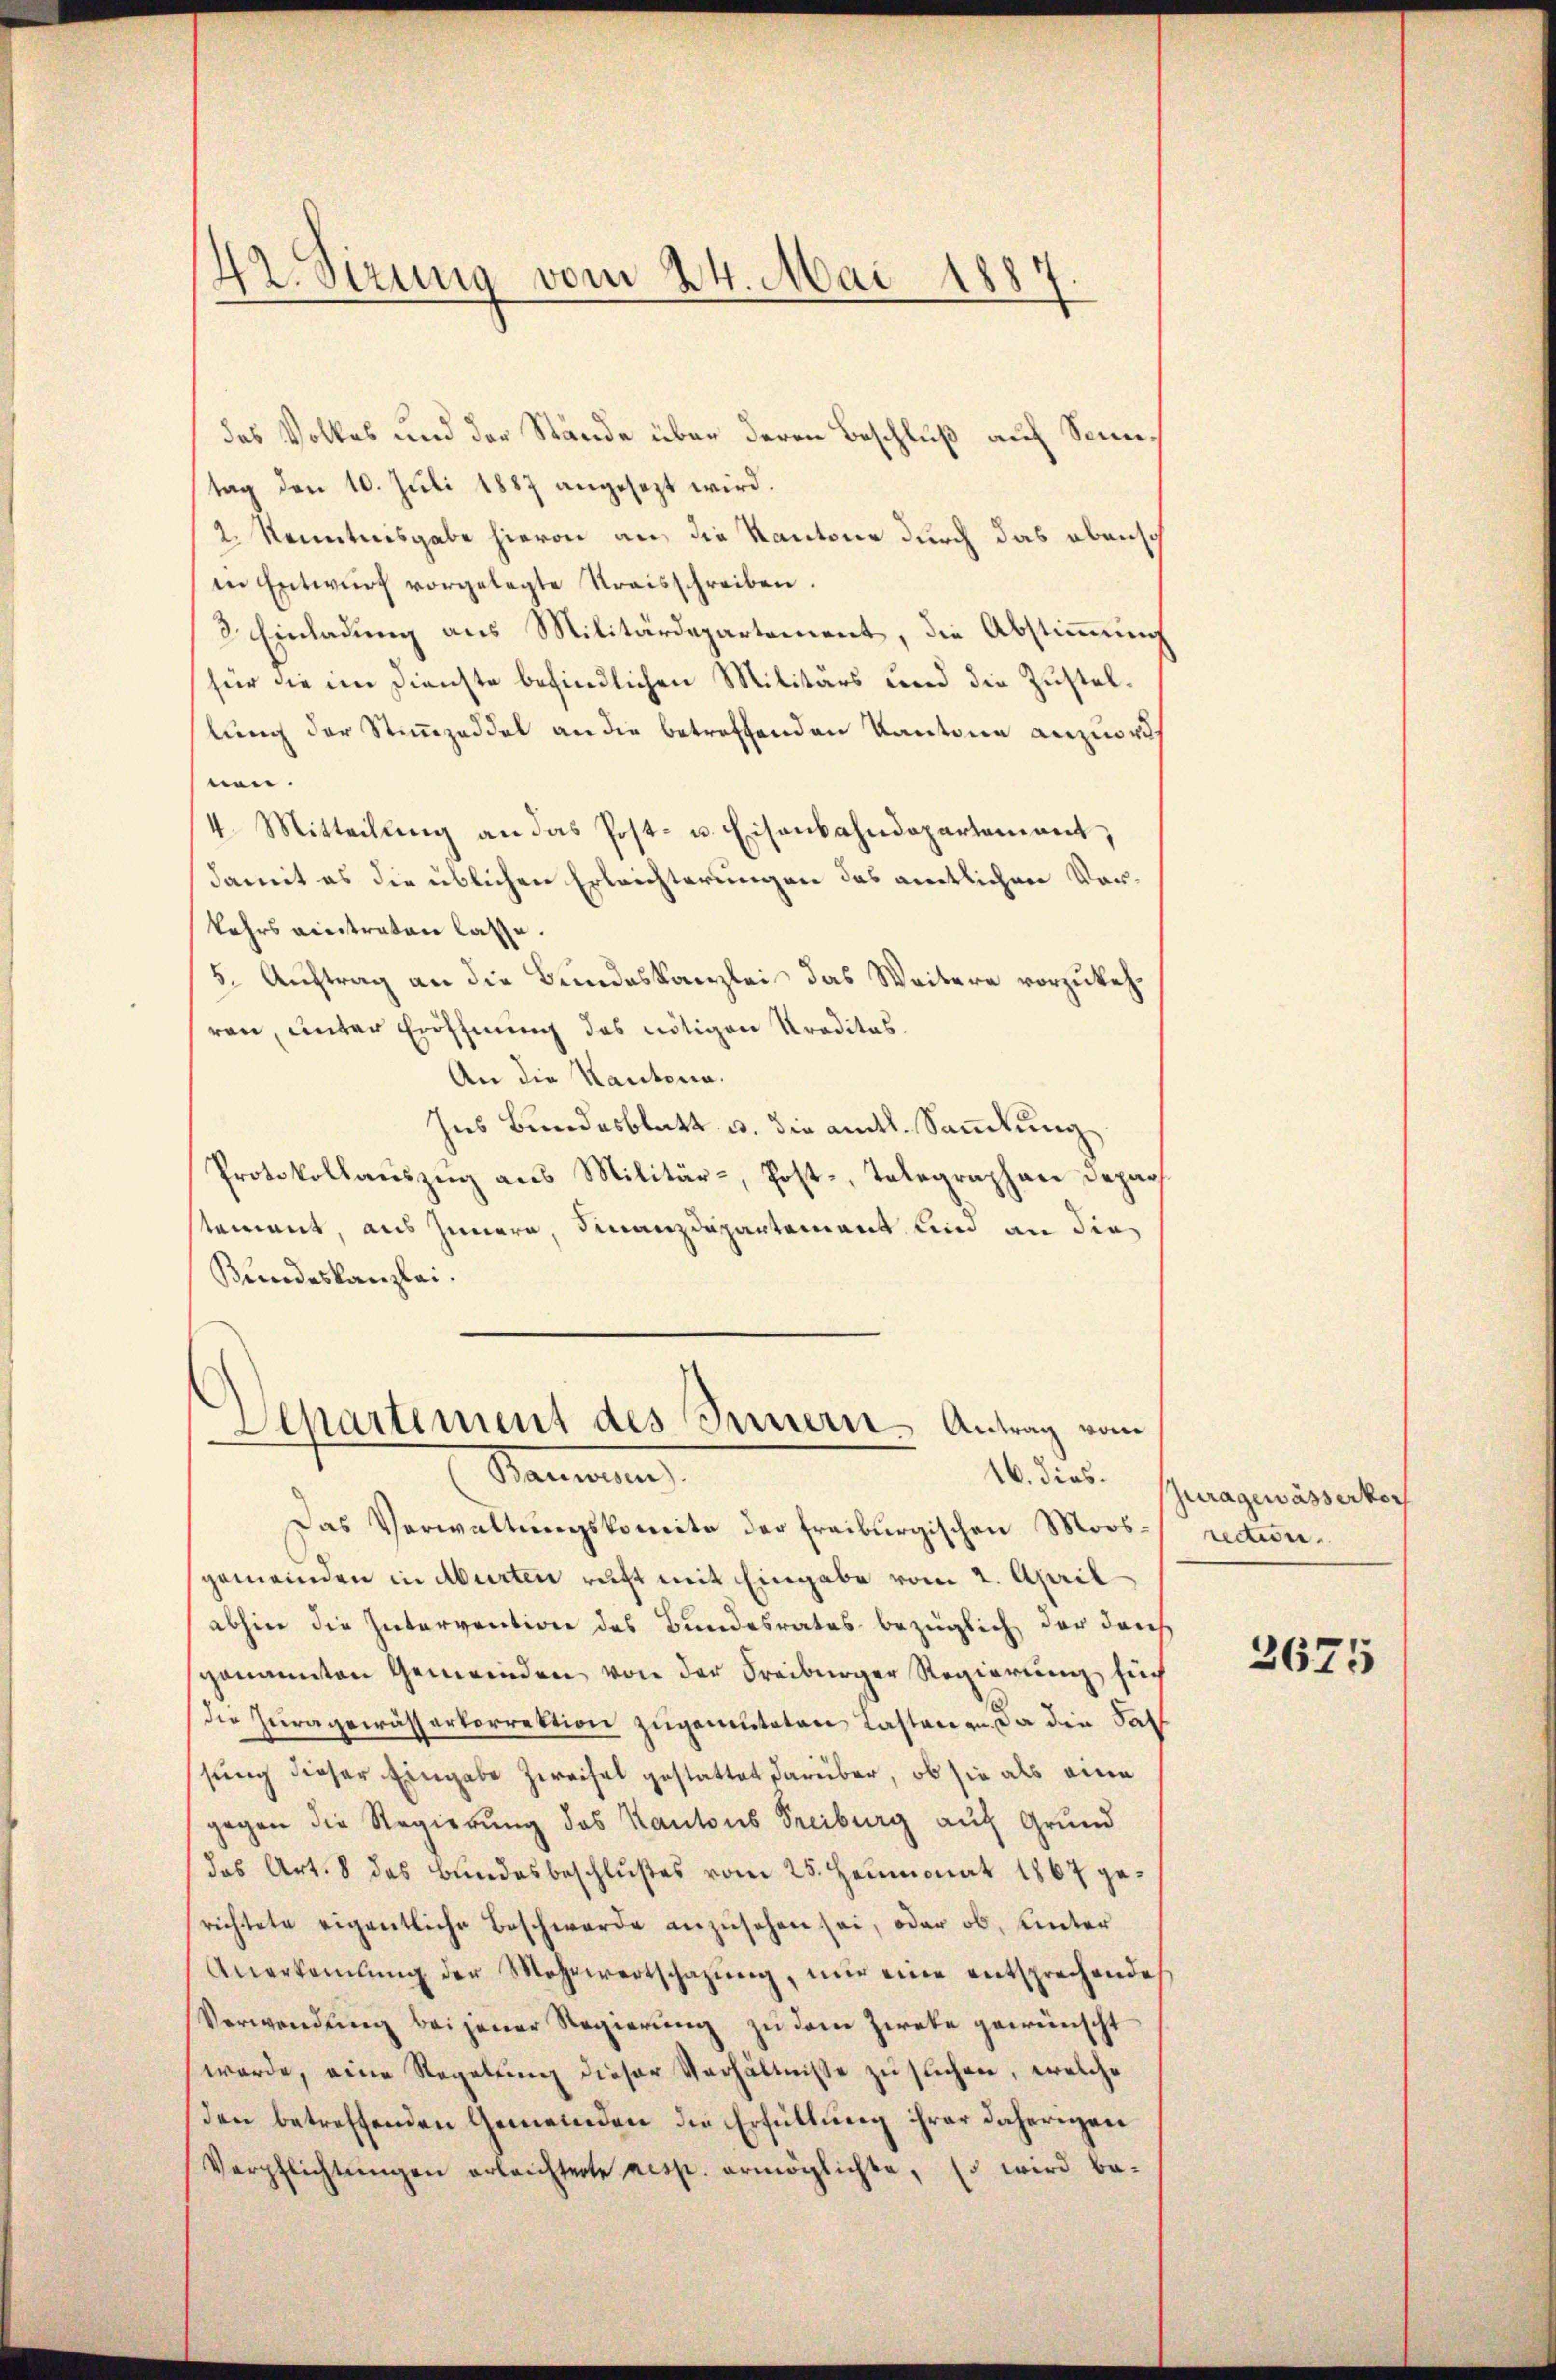
42. Sirung vom 24. Mai 1887.

das Volkes und der Stände über deren Beschluß auf Seientag den 10. Juli 1887 angesezt wird.
2. Kenntnisgabe hievon an die Kantone durch das ebensch
in Entwurf vorgelegte Kraisschreiben.
3. Einladung aus Militärdepartement, die Abstimmung
für die im Dienste befindlichen Militärs und die Zustellung der Stimmzeddel an die betreffenden Kantone anzuord
nen.
4. Mitteilung an das Post- u. Eisenbahndepartement,
damit es die üblichen Erleichterungen des amtlichen Vorkehrs anstraten lasse.
5. Auftrag an die Bundeskanzlei das Weitere vorzukehren, unter Eröffnung das nötigen Kreditas.
An die Kantona.
Ins Bundesblatt u. die amtl. Sammlung
Protokollaŭszŭg ans Militär-, Post-, Telegraphan Depar
tement, aus Innern, Finanzdepartement bin an die
Kundeskanzlei.
Departement des Innern Antrag vom
Stammen
16. dies.
Das Verwaltungskomite der freiburgischen Moosgemeinden in Abirten richt mit Eingabe vom 2. April
abhin die Intervention des Bundesrates bezüglich der durch
genannten Gemeinden von der Freiburger Regierung füh
die Zuragewässertorrektion zugemuteten Lastenen da die Sat
sung dieser Eingabe Zweifel gestattet darüber, ob sie als eine
gegen die Regierung des Kantons Freiburg auf Grund
das Art. 8 des Bundesbeschlußes vom 25. Heumonat 1867 gerichtete eigentliche Beschwerde anzusehen sei, oder ob, unter
Anerkaṁlŭng der Mehrwertschazung, mir eine entsprechende
Verwendung beigener Regierung zu dem Zweke gewünscht
werde, eine Regelung dieser Verhältnisse zu suchen, welche
den betreffenden Gemeinden die Erfüllung ihrer daherigen
Verpflichtŭngen erleichterte nesst. ermöglichte, so wird be-

Juragewässerkoch
rectione

2675